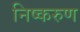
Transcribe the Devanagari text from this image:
निष्करुण